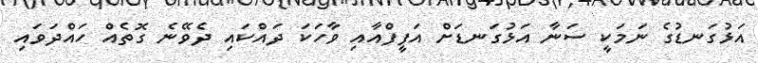
އަޅުގަނޑުގެ ނަމަކީ ސަނާ އަޅުގަނޑަށް އަފީފްއާއި ވާހަކަ ދައްކައި ދެވޭނެ ގޮތެއް ހައްދަވައި